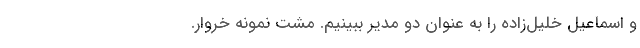
و اسماعیل خلیل‌زاده را به عنوان دو مدیر ببینیم. مُشت نمونه خروار.